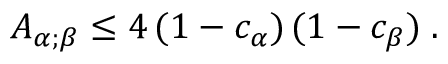
A _ { \alpha ; \beta } \leq 4 \, ( 1 - c _ { \alpha } ) \, ( 1 - c _ { \beta } ) \; .